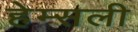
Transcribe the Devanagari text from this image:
हेम्सली